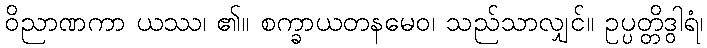
ဝိညာဏကာ ယဿ၊ ၏။ စက္ခာယတနမေဝ၊ သည်သာလျှင်။ ဥပ္ပတ္တိဒွါရံ၊